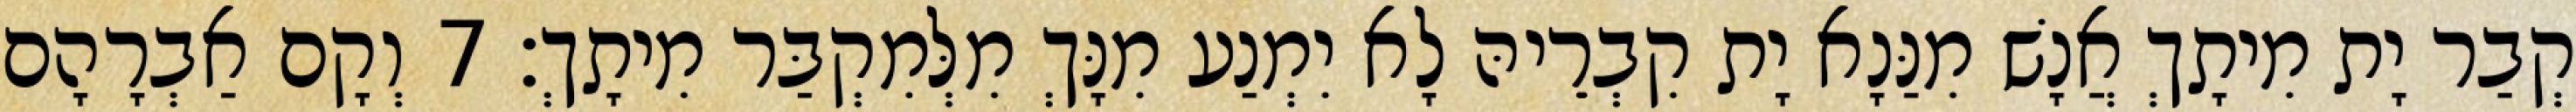
קְבַר יָת מִיתָךְ אֲנָשׁ מִנַּנָא יָת קִבְרֵיהּ לָא יִמְנַע מִנָּךְ מִלְּמִקְבַּר מִיתָךְ׃ 7 וְקָם אַבְרָהָם